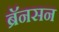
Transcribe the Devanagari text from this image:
ब्रॅनसन